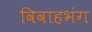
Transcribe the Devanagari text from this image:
विवाहभंग